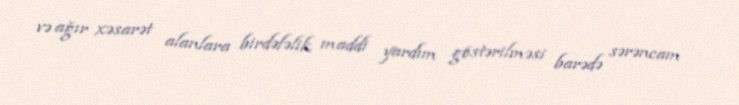
və ağır xəsarət alanlara birdəfəlik maddi yardım göstərilməsi barədə sərəncam